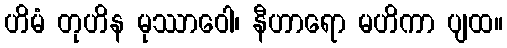
ဟိမံ တုဟိန မုဿာဝေါ၊ နီဟာရော မဟိကာ ပျထ။